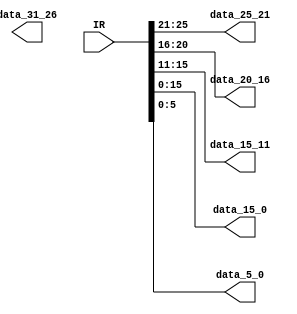
module divide(IR,data_31_26,data_25_21,data_20_16,data_15_11,data_15_0,data_5_0);
input [31:0] IR;
output [31:26] data_31_26;
output [25:21] data_25_21;
output [20:16] data_20_16;
output [15:11] data_15_11;
output [15:0] data_15_0;
output [5:0] data_5_0;

assign data_25_21=IR [25:21];
assign data_20_16=IR [20:16];
assign data_15_11=IR [15:11];
assign data_15_0=IR [15:0];
assign data_5_0= IR [5:0];
endmodule